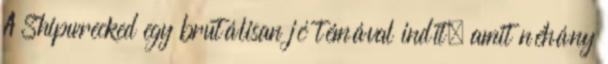
A Shipwrecked egy brutálisan jó témával indít, amit néhány